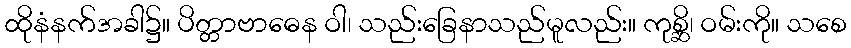
ထိုနံနက်အခါ၌။ ပိတ္တာဗာဓေန ဝါ၊ သည်းခြေနာသည်မူလည်း။ ကုစ္ဆိ၊ ဝမ်းကို။ သစေ